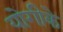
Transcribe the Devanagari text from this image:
योगीके